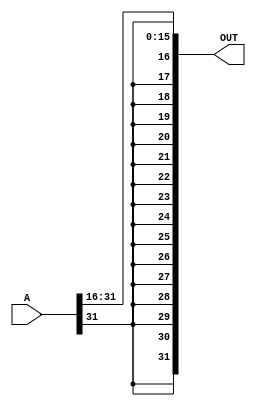
module ArithmeticRightShiftBySixteen(A, OUT);
input [31:0] A;
output [31:0] OUT;
assign OUT[15:0] = A[31:16];
assign OUT[31:16] = {A[31],A[31],A[31],A[31],A[31],A[31],A[31],A[31],A[31],A[31],A[31],A[31],A[31],A[31],A[31],A[31]};
endmodule